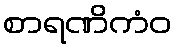
စာရဏိကံဝ